Annual report of the Civil Veterinary Department, Bengal, for the year 1897-98 - 1897-1898
Year: 1897
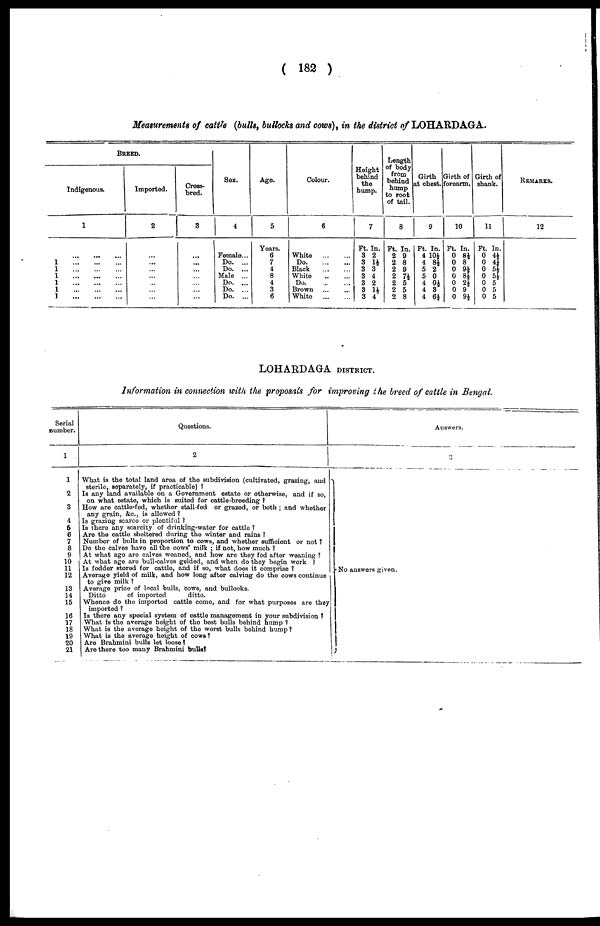
( 182 )
Measurements of cattle (bulls, bullocks and cows), in the district of LOHARDAGA.
1
1
1
1
1
I
BREED.
Indigenous.
1
... ... ...
... ... ...
... ... ...
... ... ...
... ... ...
...
... ...
... ... ...
Imported.
2
...
...
...
...
...
...
...
Cross-
bred.
3
...
...
...
...
...
...
...
Sex.
4
Female ...
Do. ...
Do. ...
Male ...
Do. ...
Do. ...
Do. ...
Age.
5
Years.
6
7
4
8
4
3
6
Colour.
6
White
Do
Black
White
Do
Brown ... ...
White
Height
behind
the
hump.
7
Ft. In.
3 2
3 1½
3 3
3 4
3 2
3 1½
3 4
Length
of body
from
behind
hump
to root
of tail.
8
Ft. In.
2 9
2 8
2 9
2 7½
2 5
2 5
2 8
Girth
at chest.
9
Ft. In.
4 10½
4 8½
5 2
5 0
4 0½
4 3
4 6½
Girth of
forearm.
10
Ft. In.
0 8½
0 8
0 9½
0 8½
0 2½
0 9
0 9½
Girth of
shank.
11
Ft. In.
0 4½
0 4¼
0 5½
0 5½
0 5
0 5
0 5
REMARKS.
12
LOHARDAGA DISTRICT.
Information in connection with the proposals for improving the breed of cattle in Bengal.
Serial
number.
1
1
2
3
4
6
6
7
8
9
10
11
12
13
14
15
16
17
18
19
20
21
Questions.
2
What is the total land area of the subdivision (cultivated, grazing, and
sterile, separately, if practicable) ?
Is any land available on a Government estate or otherwise, and if so,
on what estate, which is suited for cattle-breeding ?
How are cattle-fed, whether stall-fed or grazed, or both ; and whether
any grain, &c, is allowed?
Is grazing scarce or plentiful ?
Is there any scarcity of drinking-water for cattle ?
Are the cattle sheltered during the winter and rains ?
Number of bulls in proportion to cows, and whether sufficient or not ?
Do the calves have all the cows' milk ; if not, how much ?
At what age are calves weaned, and how are they fed after weaning ?
At what age are bull-calves gelded, and when do they begin work ?
Is fodder stored for cattle, and if so, what does it comprise ?
Average yield of milk, and how long after calving do the cows continue
to give milk ?
Average price of local bulls, cows, and bullocks.
Ditto
of imported
ditto.
Whence do the imported cattle come, and for what purposes are they
imported ?
Is there any special system of cattle management in your subdivision ?
What is the average height of the best bulls behind hump ?
What is the average height of the worst bulls behind hump?
What is the average height of cows ?
Are Brahmini bulls let loose ?
Are there too many Brahmini bulls?
Answers.
3
No answers given.